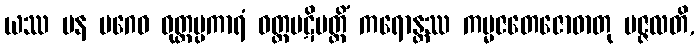
ယဿ ပန ပဂေဝ ဝုတ္တပ္ပကာရံ ဝတ္တပဋိပတ္တိံ ကရောန္တဿ ကမ္မဇတေဇောဓာတု ပဇ္ဇလတိ,